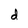
Character: d